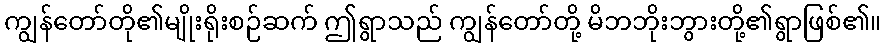
ကျွန်တော်တို၏မျိုးရိုးစဉ်ဆက် ဤရွာသည် ကျွန်တော်တို့ မိဘဘိုးဘွားတို့၏ရွာဖြစ်၏။